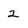
Character: 2